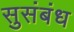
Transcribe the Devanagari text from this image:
सुसंबंध